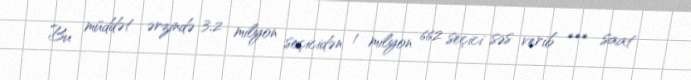
Bu müddət ərzində 3,2 milyon seçicidən 1 milyon 662 seçici səs verib *** saat